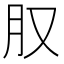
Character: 𪱙